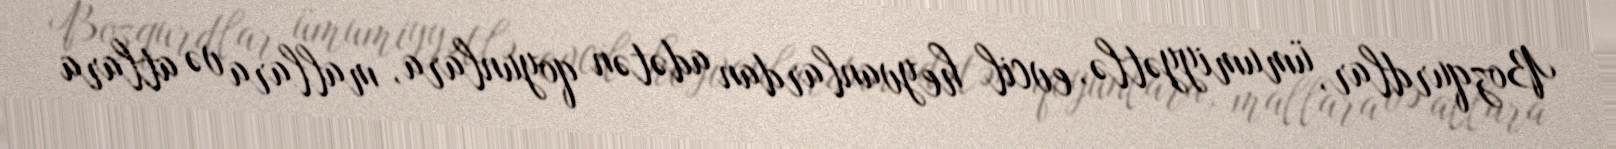
Bozqurdlar, ümumiyyətlə, evcil heyvanlardan adətən qoyunlara, mallara və atlara